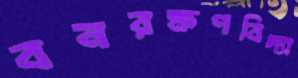
বনরক্ষণবিদ্যা